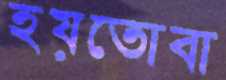
হয়তোবা